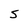
Character: S